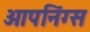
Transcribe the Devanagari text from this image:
ओपनिंग्स